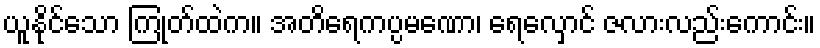
ယူနိုင်သော ကြုတ်ထဲက။ အတိရေကပ္ပမဏော၊ ရေလှောင် ဇလားလည်းကောင်း။